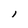
Character: l